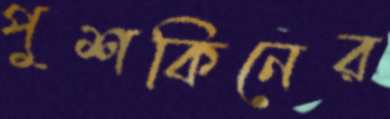
পুশকিনের